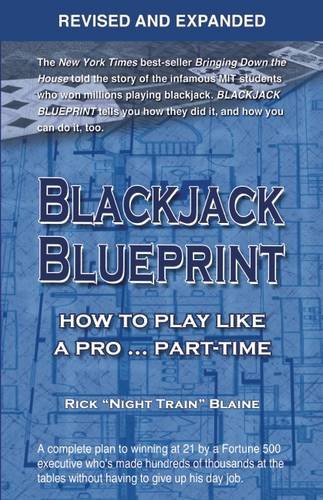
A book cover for Blackjack Blueprint: How to Play Like a Pro E¦ Part-Time; Rick "Night Train" Blaine; Humor & Entertainment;